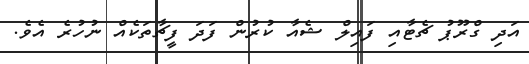
އަދި ގްރޫޕު ޗެޓާއި ފައިލް ޝެއާ ކުރުން ފަދަ ފީޗާތަކެއް ނުހުރެ އެވެ.